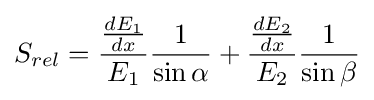
S_{rel}={\frac {\frac {dE_{1}}{dx}}{E_{1}}}{\frac {1}{\sin \alpha }}+{\frac {\frac {dE_{2}}{dx}}{E_{2}}}{\frac {1}{\sin \beta }}